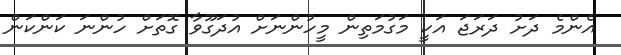
އެންމެ ދަށު ދަރަޖަ އަކީ މަގުމަތިން މީހުންނަށް އުދަގޫވާ ގޮތަށް ހުންނަ ކަންކަން